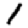
Digit: 1